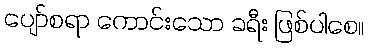
ပျော်စရာ ကောင်းသော ခရီး ဖြစ်ပါစေ။